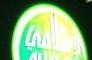
ال